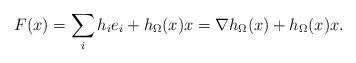
LaTeX: \begin{align*}F(x)=\sum_{i} h_{i}e_{i}+h_{\Omega}(x)x=\nabla h_{\Omega}(x)+h_{\Omega}(x)x.\end{align*}